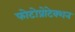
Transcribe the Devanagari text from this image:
फोटोप्रोटेक्शन